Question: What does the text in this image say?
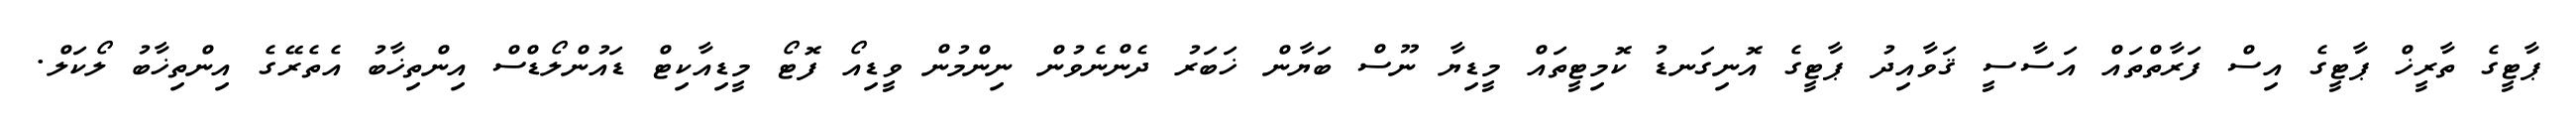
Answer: ޕާޓީގެ ތާރީޚް ޕާޓީގެ އިސް ފަރާތްތައް އަސާސީ ޤަވާއިދު ޕާޓީގެ އޮނިގަނޑު ކޮމިޓީތައް މީޑިޔާ ނޫސް ބަޔާން ޚަބަރު ދެންނެވުން ނިންމުން ވީޑިއޯ ފޮޓޯ މީޑިއާކިޓް ޑައުންލޯޑްސް އިންތިޚާބު އެތެރޭގެ އިންތިޚާބު ލޯކަލް.